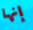
إنها